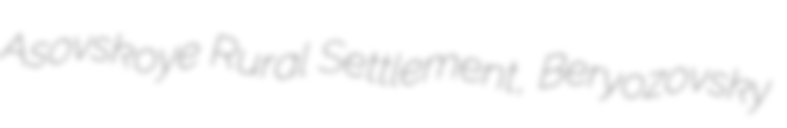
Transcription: Asovskoye Rural Settlement, Beryozovsky